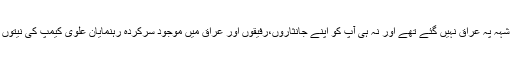
تو حضرت امام حسین کسی کی شہہ پہ عراق نہیں گئے تھے اور نہ ہی آپ کو اپنے جانثاروں،رفیقوں اور عراق میں موجود سرکردہ رہنمایان علوی کیمپ کی نیتوں اور وابستگی پہ کوئی شک تھا۔